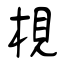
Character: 梘